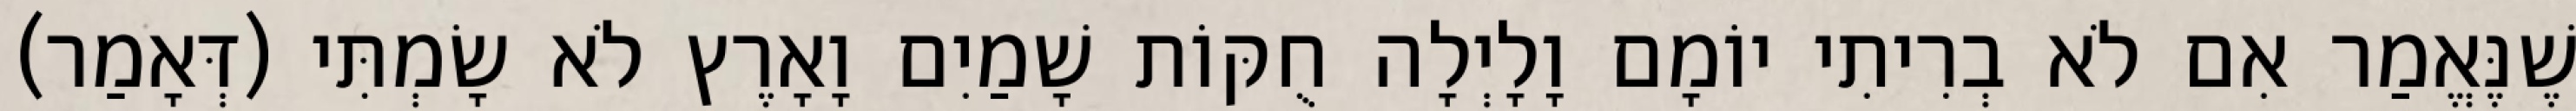
שֶׁנֶּאֱמַר אִם לֹא בְרִיתִי יוֹמָם וָלָיְלָה חֻקּוֹת שָׁמַיִם וָאָרֶץ לֹא שָׂמְתִּי (דְּאָמַר)